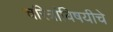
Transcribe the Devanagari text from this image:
चरित्रांविषयीचे